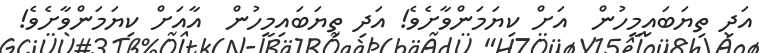
އަދި ތިޔަބައިމީހުން  އަށް ކިޔަމަންވާށެވެ! އަދި ތިޔަބައިމީހުން  އާއަށް ކިޔަމަންވާށެވެ!